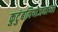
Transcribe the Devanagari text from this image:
कुटुंबनियोजनाच्या